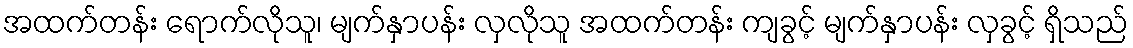
အထက်တန်း ရောက်လိုသူ၊ မျက်နှာပန်း လှလိုသူ အထက်တန်း ကျခွင့် မျက်နှာပန်း လှခွင့် ရှိသည်